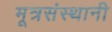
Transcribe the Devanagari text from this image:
मूत्रसंस्थानी